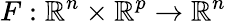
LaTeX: F:\mathbb{R}^{n}\times\mathbb{R}^{p}\rightarrow\mathbb{R}^{n}